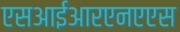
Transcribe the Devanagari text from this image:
एसआईआरएनएएस